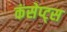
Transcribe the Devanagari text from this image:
कंसेप्ट्स